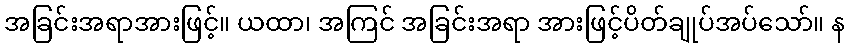
အခြင်းအရာအားဖြင့်။ ယထာ၊ အကြင် အခြင်းအရာ အားဖြင့်ပိတ်ချုပ်အပ်သော်။ န